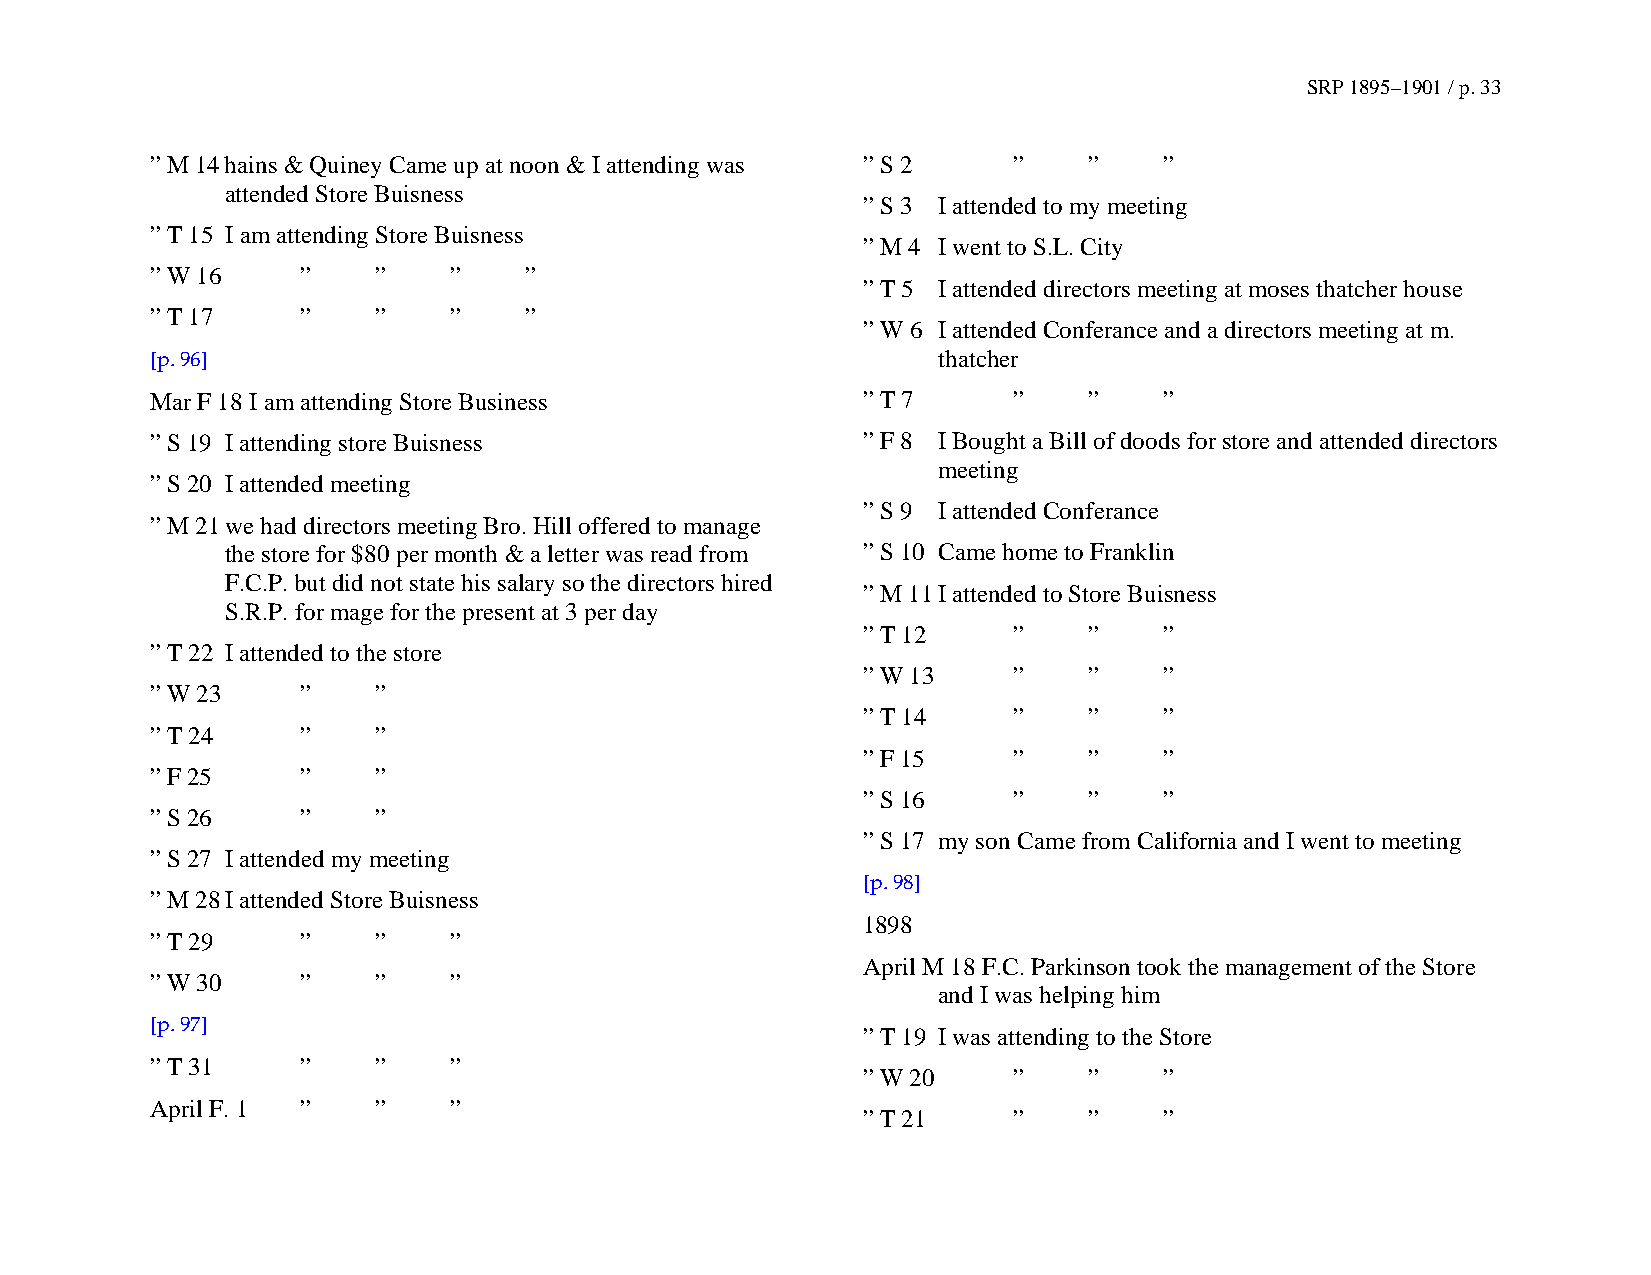
SRP 1895–1901 / p. 33
 ” M 14 hains & Quiney Came up at noon & I attending was ” S 2 ” ”  ”
 attended Store Buisness
 ” S 3 I attended to my meeting
 ” T 15 I am attending Store Buisness
 ” M 4 I went to S.L. City
 ” W 16    ”    ”    ”    ”
 ” T 5 I attended directors meeting at moses thatcher house
 ” T 17    ”    ”    ”    ”
 ” W 6 I attended Conferance and a directors meeting at m.
 [p. 96]                                             thatcher
 Mar F 18 I am attending Store Business         ” T 7     ”    ”    ”
 ” S 19 I attending store Buisness              ” F 8 I Bought a Bill of doods for store and attended directors
 meeting
 ” S 20 I attended meeting
 ” S 9 I attended Conferance
 ” M 21 we had directors meeting Bro. Hill offered to manage
 the store for $80 per month & a letter was read from ” S 10 Came home to Franklin
 F.C.P. but did not state his salary so the directors hired
 ” M 11 I attended to Store Buisness
 S.R.P. for mage for the present at 3 per day
 ” T 12    ”    ”    ”
 ” T 22 I attended to the store
 ” W 13    ”    ”    ”
 ” W 23    ”    ”
 ” T 14    ”    ”    ”
 ” T 24    ”    ”
 ” F 15    ”    ”    ”
 ” F 25    ”    ”
 ” S 16    ”    ”    ”
 ” S 26    ”    ”
 ” S 17 my son Came from California and I went to meeting
 ” S 27 I attended my meeting
 [p. 98]
 ” M 28 I attended Store Buisness
 1898
 ” T 29    ”    ”    ”
 April M 18 F.C. Parkinson took the management of the Store
 ” W 30    ”    ”    ”
 and I was helping him
 [p. 97]
 ” T 19 I was attending to the Store
 ” T 31    ”    ”    ”
 ” W 20    ”    ”    ”
 April F. 1 ”   ”    ”
 ” T 21    ”    ”    ”